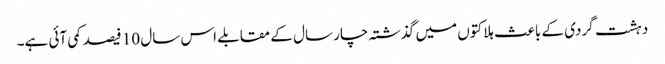
دہشت گردی کے باعث ہلاکتوں میں گذشتہ چار سال کے مقابلے اس سال 10 فیصد کمی آئی ہے۔